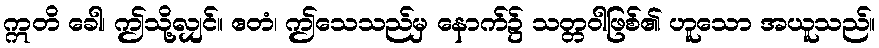
ဣတိ ခေါ၊ ဤသို့လျှင်။ ဧတံ၊ ဤသေသည်မှ နောက်၌ သတ္တဝါဖြစ်၏ ဟူသော အယူသည်။